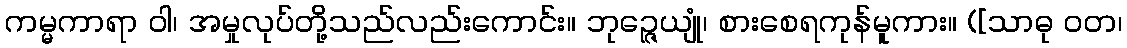
ကမ္မကာရာ ဝါ၊ အမှုလုပ်တို့သည်လည်းကောင်း။ ဘုဉ္ဇေယျုံ၊ စားစေရကုန်မူကား။ ([သာဓု ဝတ၊